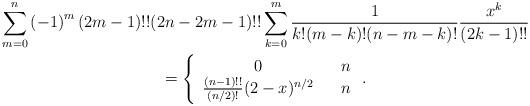
LaTeX: \begin{gather*}\sum_{m=0}^{n}\left( -1\right) ^{m}(2m-1)!!(2n-2m-1)!!\sum_{k=0}^{m}\frac{1}{k!(m-k)!(n-m-k)!}\frac{x^{k}}{(2k-1)!!} \\=\left\{ \begin{array}{ccc}0 & & n \\ \frac{(n-1)!!}{(n/2)!}(2-x)^{n/2} & & n\end{array}\right. .\end{gather*}